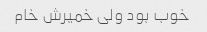
خوب بود ولی خمیرش خام